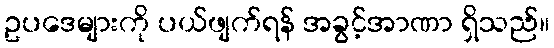
ဥပဒေများကို ပယ်ဖျက်ရန် အခွင့်အာဏာ ရှိသည်။